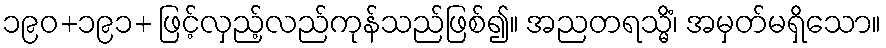
၁၉၀+၁၉၁+ ဖြင့်လှည့်လည်ကုန်သည်ဖြစ်၍။ အညတရသ္မိံ၊ အမှတ်မရှိသော။